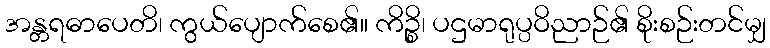
အန္တရဓာပေတိ၊ ကွယ်ပျောက်စေ၏။ ကိဉ္စိ၊ ပဌမာရုပ္ပဝိညာဉ်၏ စိုးစဉ်းတင်မျှ